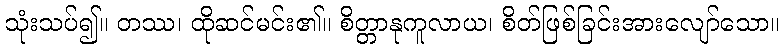
သုံးသပ်၍။ တဿ၊ ထိုဆင်မင်း၏။ စိတ္တာနုကူလာယ၊ စိတ်ဖြစ်ခြင်းအားလျော်သော။